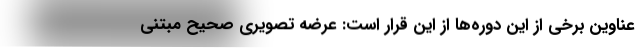
عناوین برخی از این دوره‌ها از این قرار است:‌ عرضه تصویری صحیح مبتنی